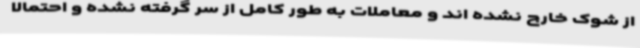
از شوک خارج نشده اند و معاملات به طور کامل از سر گرفته نشده و احتمالا